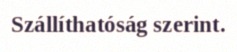
Szállíthatóság szerint.